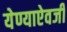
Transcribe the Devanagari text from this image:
येण्याऐवजी